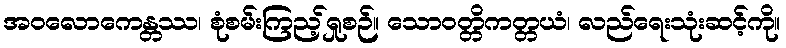
အဝလောကေန္တဿ၊ စုံစမ်းကြည့်ရှုစဉ်။ သောဝတ္တိကတ္တယံ၊ လည်ရေးသုံးဆင့်ကို။